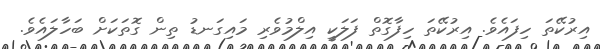
އިރުކޭތަ ހިފައެވެ. އިރުކޭތަ ހިފާގޮތް ފަލަކީ އިލްމުވެރި މައިގަނޑު ތިން ގޮތަކަށް ބަހާލައެވެ.